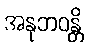
အနုဘဝန္တိ